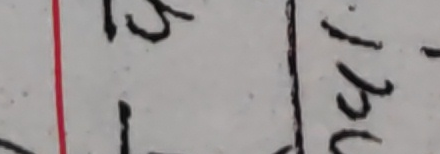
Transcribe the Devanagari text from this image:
५ रि
७ १०